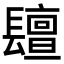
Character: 𨲵